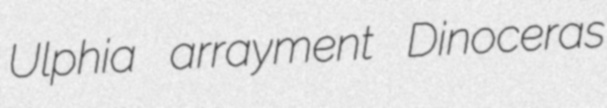
Ulphia arrayment Dinoceras